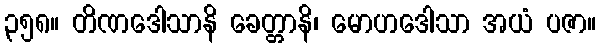
၃၅၈။ တိဏဒေါသာနိ ခေတ္တာနိ၊ မောဟဒေါသာ အယံ ပဇာ။